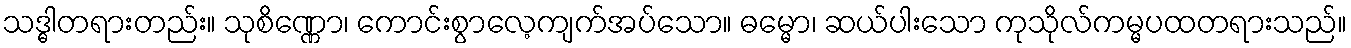
သဒ္ဓါတရားတည်း။ သုစိဏ္ဏော၊ ကောင်းစွာလေ့ကျက်အပ်သော။ ဓမ္မော၊ ဆယ်ပါးသော ကုသိုလ်ကမ္မပထတရားသည်။